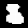
Label: 8